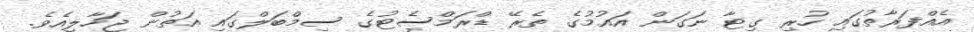
އެއްފަރާތުގައި ހުރި ގިޓާ ނަގަން އައުމުގެ ތެރޭ ޑްރަމްސެޓުގެ ސިމްބަލްގައި އަތުން ޖަހާލިއެވެ.